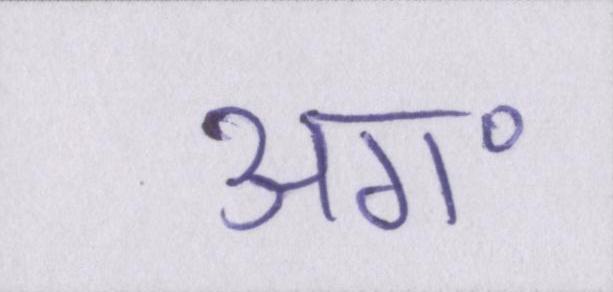
अग॰